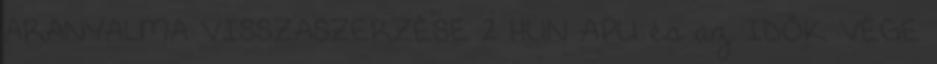
ARANYALMA VISSZASZERZÉSE 2 HUN APU és az IDŐK VÉGE